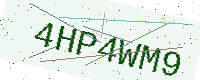
Text: 4HP4WM9